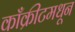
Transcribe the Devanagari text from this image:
काँक्रीटमधून